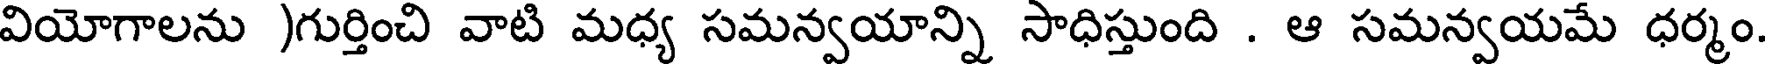
వియోగాలను )గుర్తించి వాటి మధ్య సమన్వయాన్ని సాధిస్తుంది . ఆ సమన్వయమే ధర్మం